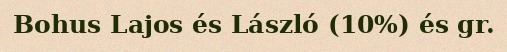
Bohus Lajos és László (10%) és gr.